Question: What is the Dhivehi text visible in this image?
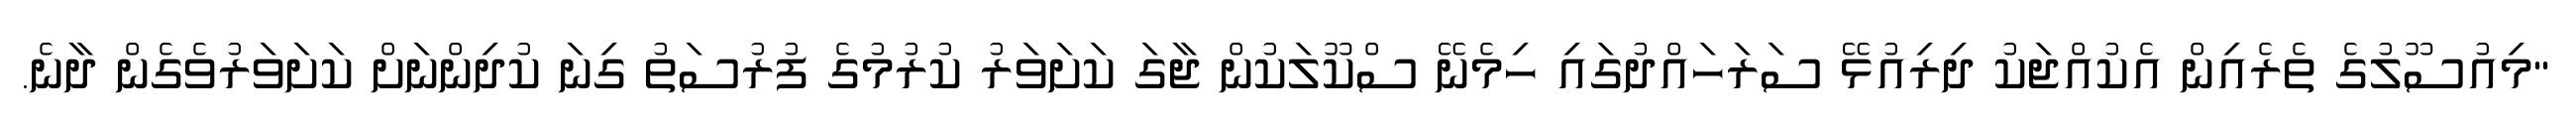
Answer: "މިއުސޫލުގެ ތެރެއިން އެކުއްޖަކު ދިރިއުޅޭ ސަރަހައްދުގައި ހިމެނޭ ސްކޫލަކުން ޖާގަ ކަށަވަރު ކުރުމުގެ ފުރުސަތު ގިނަ ކުދިންނަށް ކަށަވަރުވެގެން ދާނެ.